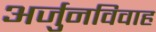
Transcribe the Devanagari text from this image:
अर्जुनविवाह